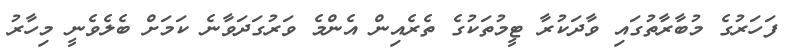
ފަހަރުގެ މުބާރާތުގައި ވާދަކުރާ ޓީމުތަކުގެ ތެރެއިން އެންމެ ވަރުގަދަވާނެ ކަމަށް ބެލެވެނީ މިހާރު